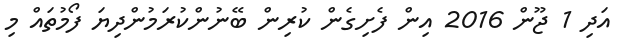
އަދި 1 ޖޫން 2016 އިން ފެށިގެން ކުރިން ބޭނުންކުރަމުންދިޔަ ފޯމުތައް މި